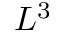
L ^ { 3 }